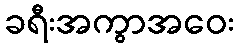
ခရီးအကွာအဝေး